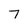
Character: 7